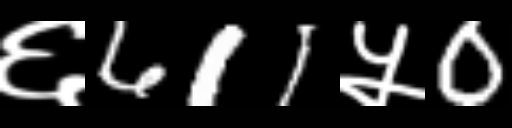
Text: ६611५0